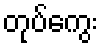
တုပ်ကွေး